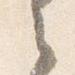
之